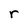
Character: r